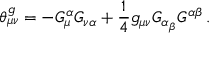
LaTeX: \theta _ { \mu \nu } ^ { g } = - G _ { \mu } ^ { \alpha } G _ { \nu \alpha } + \frac { 1 } { 4 } g _ { \mu \nu } G _ { { \alpha _ { \beta } } } G ^ { \alpha \beta } { } \, .